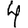
Digit: 4